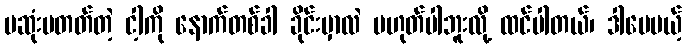
မဆုံးမတတ်တဲ့ ငါ့ကို နောက်တစ်ခါ ခိုင်းမှာလဲ မဟုတ်ပါဘူးလို့ ထင်ပါတယ်၊ ဒါပေမယ့်